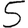
Digit: 5